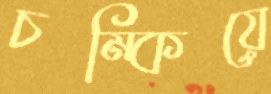
চম্‌কিয়ে